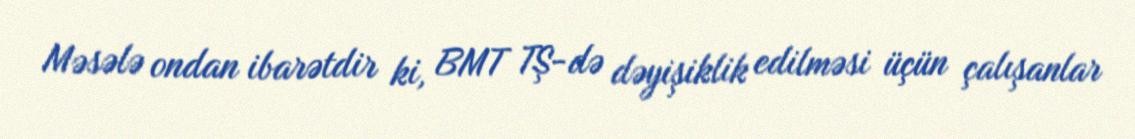
Məsələ ondan ibarətdir ki, BMT TŞ-də dəyişiklik edilməsi üçün çalışanlar